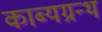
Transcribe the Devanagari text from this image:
काब्यग्रन्थ